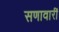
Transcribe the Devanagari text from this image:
सणावारीं